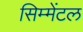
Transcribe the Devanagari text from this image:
सिम्मेंटल